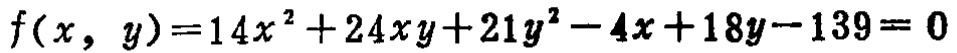
\(f(x, y)=14x^{2}+24xy + 21y^{2}-4x + 18y-139 = 0\)